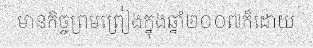
មានកិច្ចព្រមព្រៀងក្នុងឆ្នាំ២០០៧ក៏ដោយ